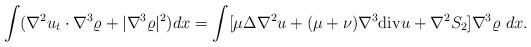
LaTeX: \begin{align*}\int (\nabla^2 u_t \cdot \nabla^3 \varrho+|\nabla^3 \varrho|^2) dx=\int [\mu \Delta \nabla^2 u+(\mu+\nu)\nabla^3{\rm div}u+\nabla^2 S_2]\nabla^3 \varrho~ dx.\end{align*}